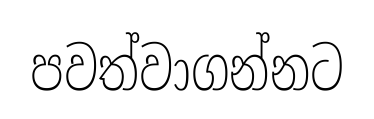
පවත්වාගන්නට